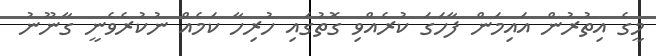
މީގެ އިތުރުން އައިމަން ފާހަގަ ކުރެއްވި ގޮތުގައި ހުރިހާ ކަމެއް ނުކުރެވެނީ ގާނޫނު